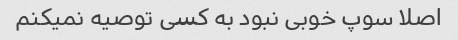
اصلا سوپ‌ خوبی نبود به کسی توصیه نمیکنم